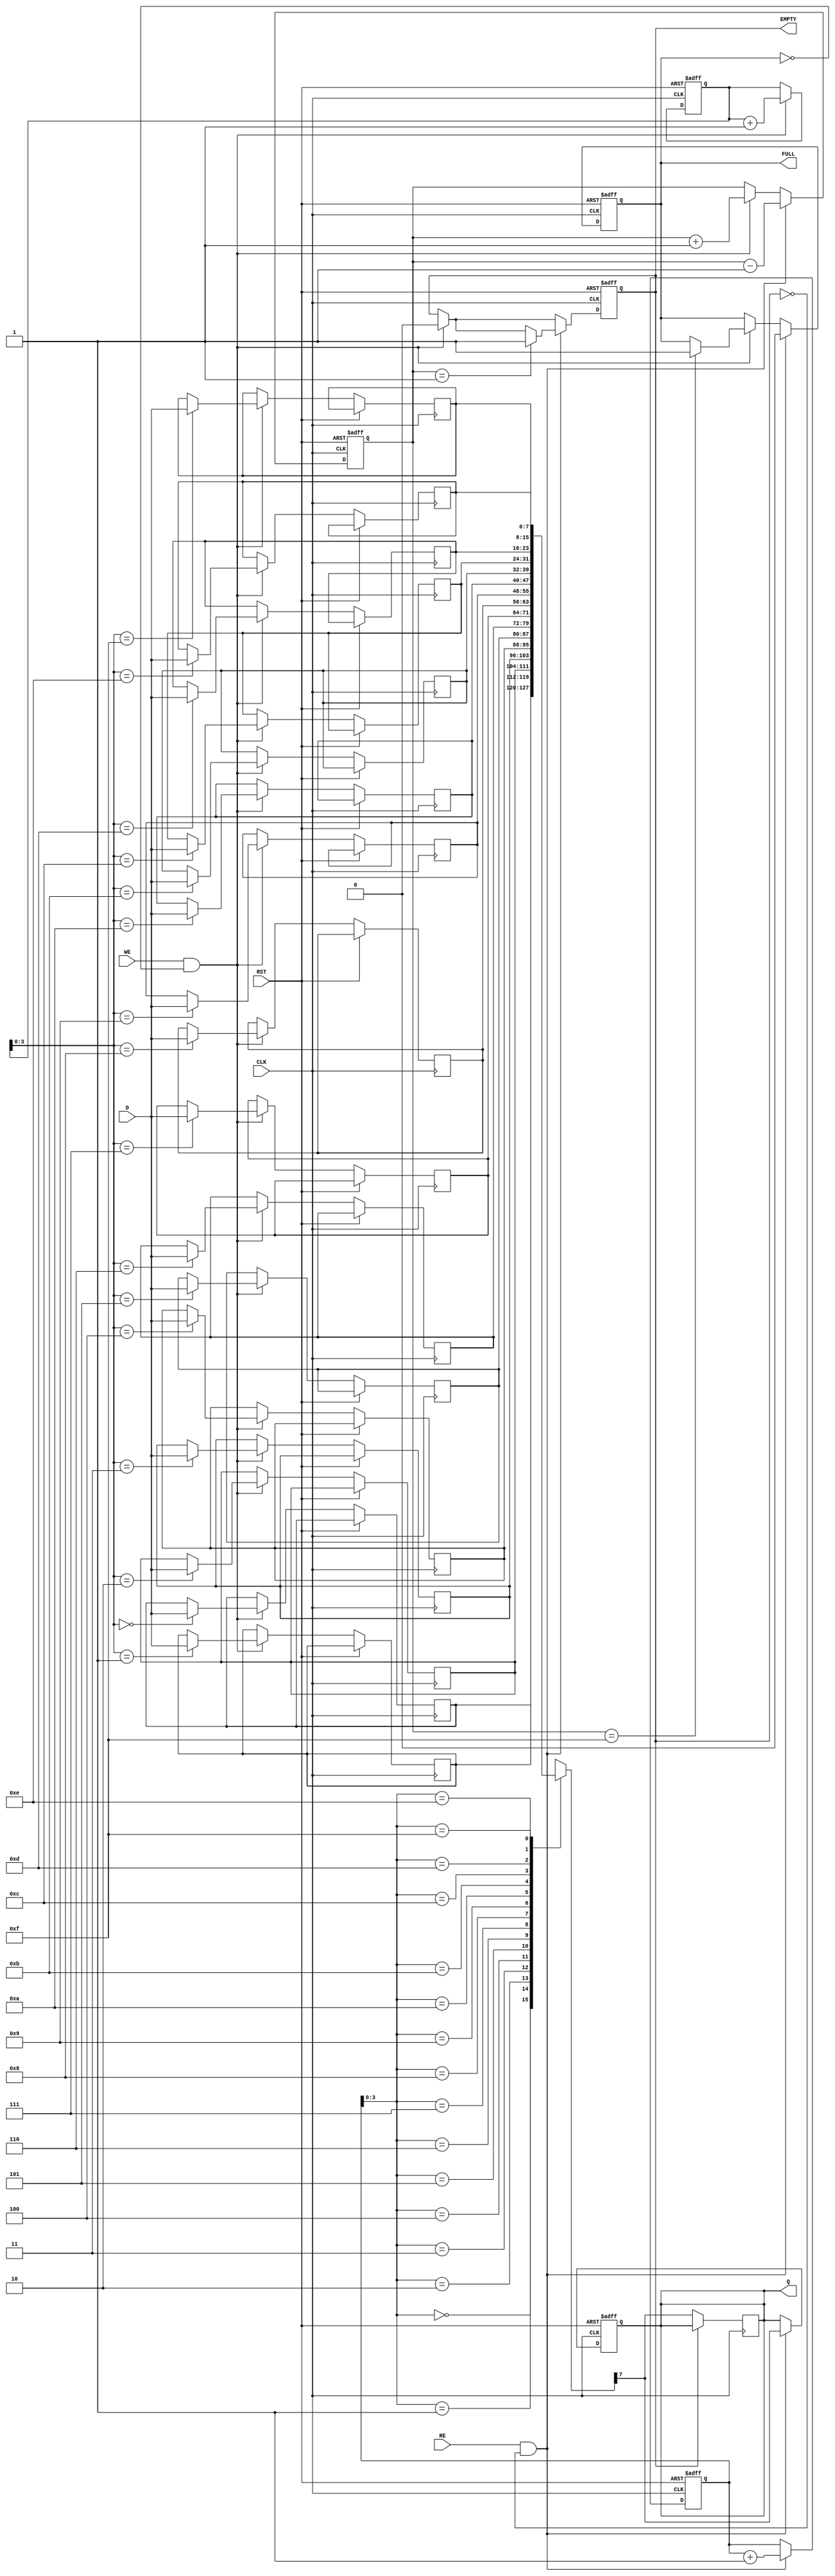
module fifo_piso #(
    parameter DATA_WIDTH = 8,  // Width of parallel data input
    parameter DEPTH = 16        // Depth of the FIFO
)(
    input  wire [DATA_WIDTH-1:0] D,  // Parallel Data Input
    input  wire WE,                   // Write Enable
    input  wire RE,                   // Read Enable
    input  wire CLK,                  // Clock
    input  wire RST,                  // Reset
    output reg Q,                     // Serial Output
    output reg FULL,                  // Full Flag
    output reg EMPTY                  // Empty Flag
);

    // Internal storage
    reg [DATA_WIDTH-1:0] fifo_mem [0:DEPTH-1];
    reg [4:0] write_ptr;  // 5 bits for depth up to 32
    reg [4:0] read_ptr;   // 5 bits for depth up to 32
    reg [4:0] count;      // Count of the number of elements in the FIFO

    // Asynchronous reset
    always @(posedge CLK or posedge RST) begin
        if (RST) begin
            write_ptr <= 0;
            read_ptr <= 0;
            count <= 0;
            FULL <= 0;
            EMPTY <= 1;
            Q <= 0;
        end else begin
            // Writing data
            if (WE && !FULL) begin
                fifo_mem[write_ptr] <= D;  // Store data in FIFO
                write_ptr <= write_ptr + 1;
                count <= count + 1;

                if (count == (DEPTH - 1)) begin
                    FULL <= 1;
                end
                EMPTY <= 0;  // FIFO is not empty after writing
            end

            // Reading data
            if (RE && !EMPTY) begin
                Q <= fifo_mem[read_ptr][DATA_WIDTH-1];  // Output the MSB of the current data
                read_ptr <= read_ptr + 1;
                count <= count - 1;

                if (count == 1) begin
                    EMPTY <= 1;
                end
                FULL <= 0;  // FIFO is not full after reading
            end
        end
    end

    // Update the serial output on each clock cycle
    always @(posedge CLK) begin
        if (!EMPTY) begin
            Q <= fifo_mem[read_ptr][DATA_WIDTH-1];  // Output the MSB of the current data
        end
    end

endmodule